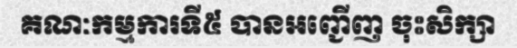
គណៈកម្មការទី៥ បានអញ្ជើញ ចុះសិក្សា